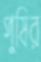
পুষির